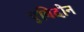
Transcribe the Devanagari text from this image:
एबिदीन